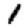
Digit: 1